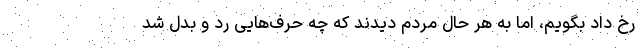
رخ داد بگویم، اما به هر حال مردم دیدند که چه حرف‌هایی رد و بدل شد